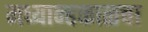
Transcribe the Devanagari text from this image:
मध्यान्हकाळचा